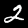
Digit: 2